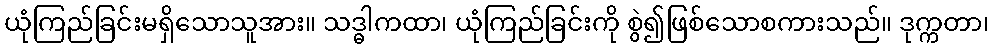
ယုံကြည်ခြင်းမရှိသောသူအား။ သဒ္ဓါကထာ၊ ယုံကြည်ခြင်းကို စွဲ၍ဖြစ်သောစကားသည်။ ဒုက္ကတာ၊